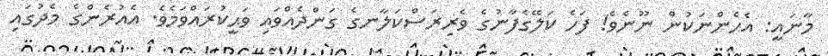
މާނައީ: އެހެންނަކުން ނޫނެވެ! ފަހެ ކަލޭގެފާނުގެ ވެރިރަސްކަލާނގެ ގަންދެއްވައި ވަޙީކުރައްވަމެވެ. އެއުރެންގެ މެދުގައި